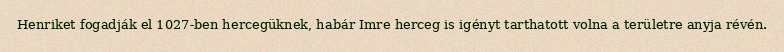
Henriket fogadják el 1027-ben hercegüknek, habár Imre herceg is igényt tarthatott volna a területre anyja révén.